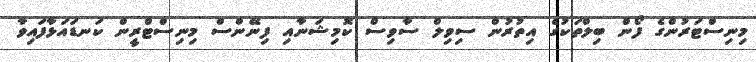
މިނިސްޓަރުންގެ ފޯން ބިލްތަކުގެ އިތުރުން ސިވިލް ސާވިސް ކޮމިޝަނާއި ފިނޭންސް މިނިސްޓްރީން ކަނޑައަޅާފައިވާ